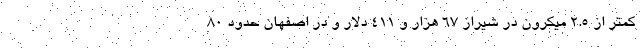
کمتر از ۲.۵ میکرون در شیراز ۶۷ هزار و ۴۱۱ دلار و در اصفهان حدود ۸۰